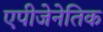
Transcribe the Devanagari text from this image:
एपीजेनेतिक